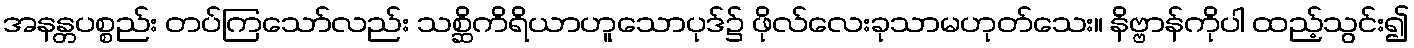
အနန္တပစ္စည်း တပ်ကြသော်လည်း သစ္ဆိကိရိယာဟူသောပုဒ်၌ ဖိုလ်လေးခုသာမဟုတ်သေး။ နိဗ္ဗာန်ကိုပါ ထည့်သွင်း၍